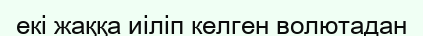
екі жаққа иіліп келген волютадан